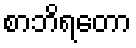
စာဘိရတော